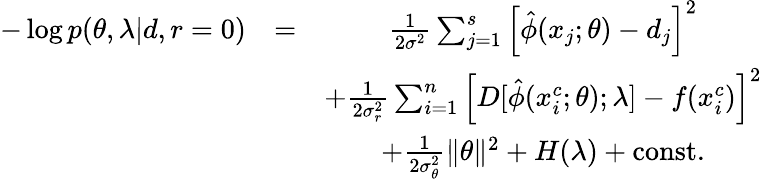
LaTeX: \begin{array}{ccc}{-\log p(\theta,\lambda|d,r=0)}&{=}&{\frac{1}{2\sigma^{2}}\sum_{j=1}^{s}\left[\hat{\phi}(x_{j};\theta)-d_{j}\right]^{2}}\\ &&{+\frac{1}{2\sigma_{r}^{2}}\sum_{i=1}^{n}\left[D[\hat{\phi}(x_{i}^{c};\theta);\lambda]-f(x_{i}^{c})\right]^{2}}\\ &&{+\frac{1}{2\sigma_{\theta}^{2}}\lVert\theta\rVert^{2}+H(\lambda)+\mathrm{const.}}\end{array}